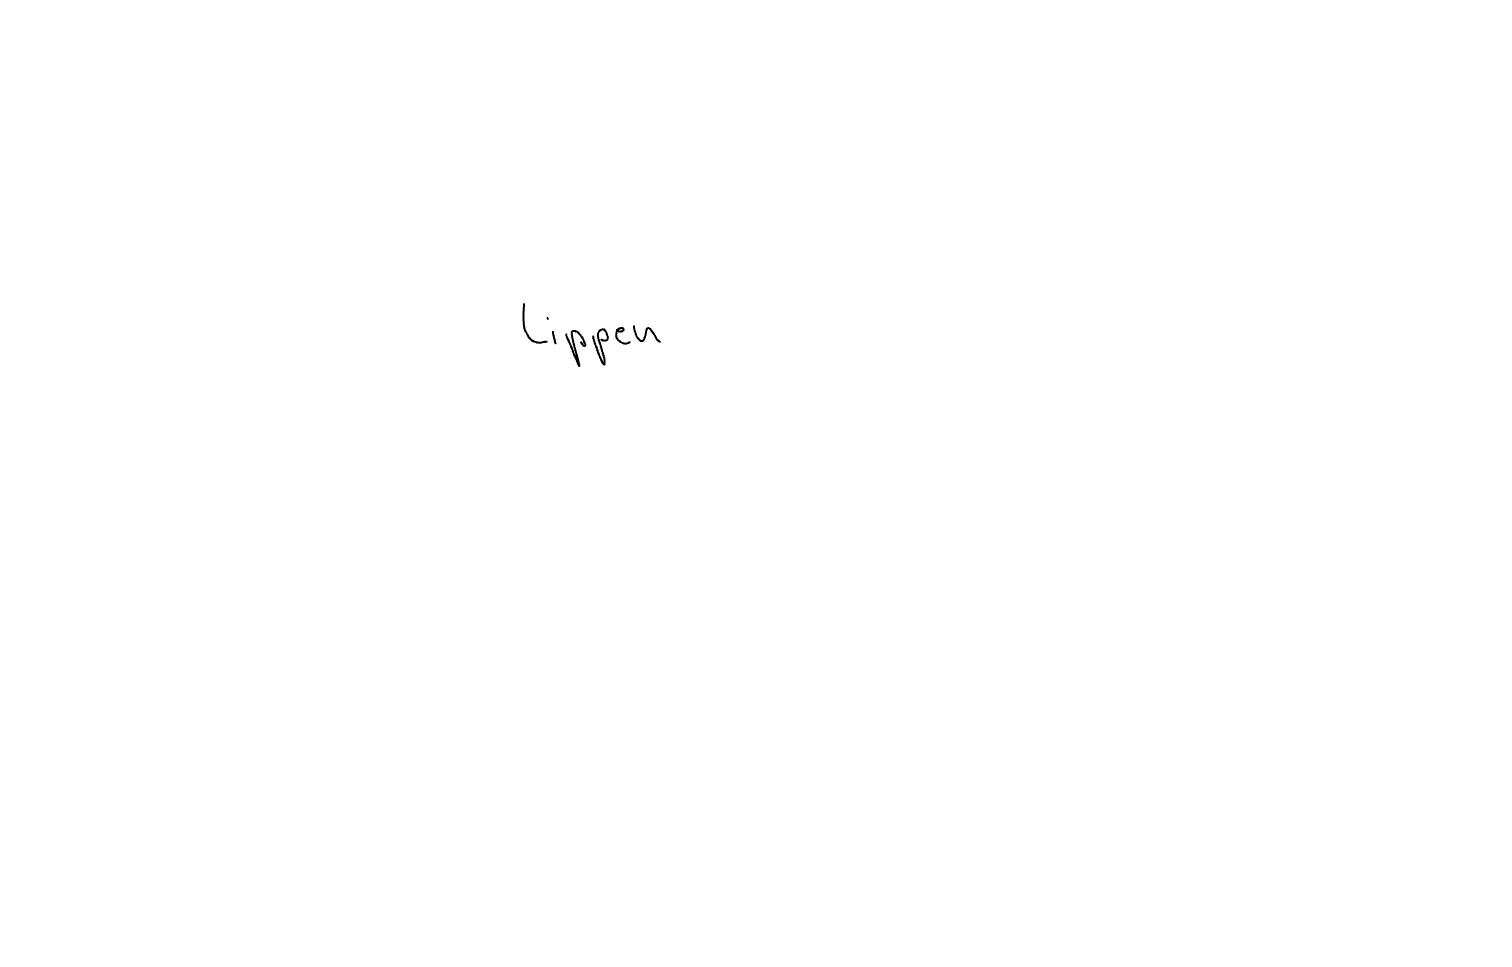
Text: Lippen